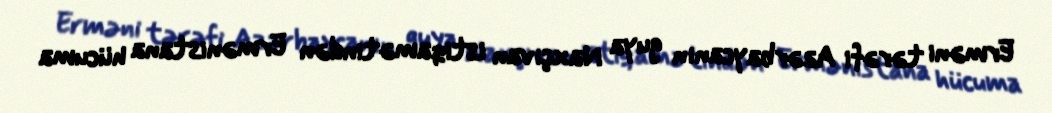
Erməni tərəfi Azərbaycanın guya Naxçıvan istiqamətindən Ermənistana hücuma